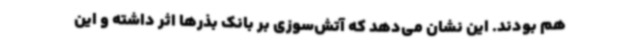
هم بودند. این نشان می‌دهد که آتش‌سوزی بر بانک بذرها اثر داشته و این